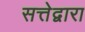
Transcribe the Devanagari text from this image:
सत्तेद्वारा